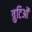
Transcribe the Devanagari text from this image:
त्रुटिओं